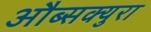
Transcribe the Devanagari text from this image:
औब्सक्युरा